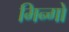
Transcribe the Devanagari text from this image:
मिन्गो